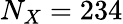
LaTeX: N_{X}=234